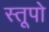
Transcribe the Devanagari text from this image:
स्‍तूपो